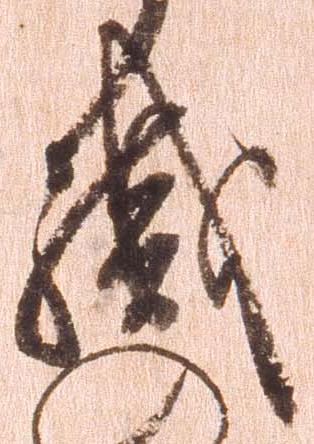
織